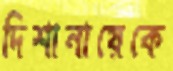
দিশানায়েকে